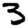
Digit: 3